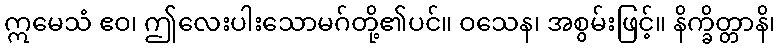
ဣမေသံ ဧဝ၊ ဤလေးပါးသောမဂ်တို့၏ပင်။ ဝသေန၊ အစွမ်းဖြင့်။ နိက္ခိတ္တာနိ၊